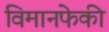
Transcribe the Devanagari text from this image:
विमानफेकी